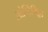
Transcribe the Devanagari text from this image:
ओन्टिमिट्टा